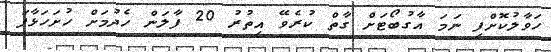
ހަވާލުކޮށްފި ނަމަ އާގުބޯޓަށް ގާތް ކުރެވޭ އިތުރު 20 ފާލަން ހެދުމަށް ހުށަހަޅާފަ